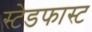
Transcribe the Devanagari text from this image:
स्टेडफास्ट